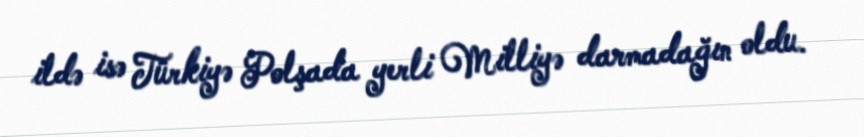
ildə isə Türkiyə Polşada yerli Milliyə darmadağın oldu.